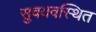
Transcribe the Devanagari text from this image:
सुवयवस्थित